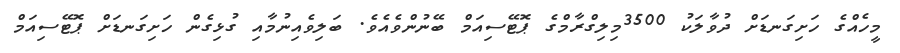
މީހެއްގެ ހަށިގަނޑަށް ދުވާލަކު 3500މިލިގްރާމްގެ ޕޮޓޭސިއަމް ބޭނުންވެއެވެ. ބަލިވެއިނުމާއި ގުޅިގެން ހަށިގަނޑަށް ޕޮޓޭސިއަމް